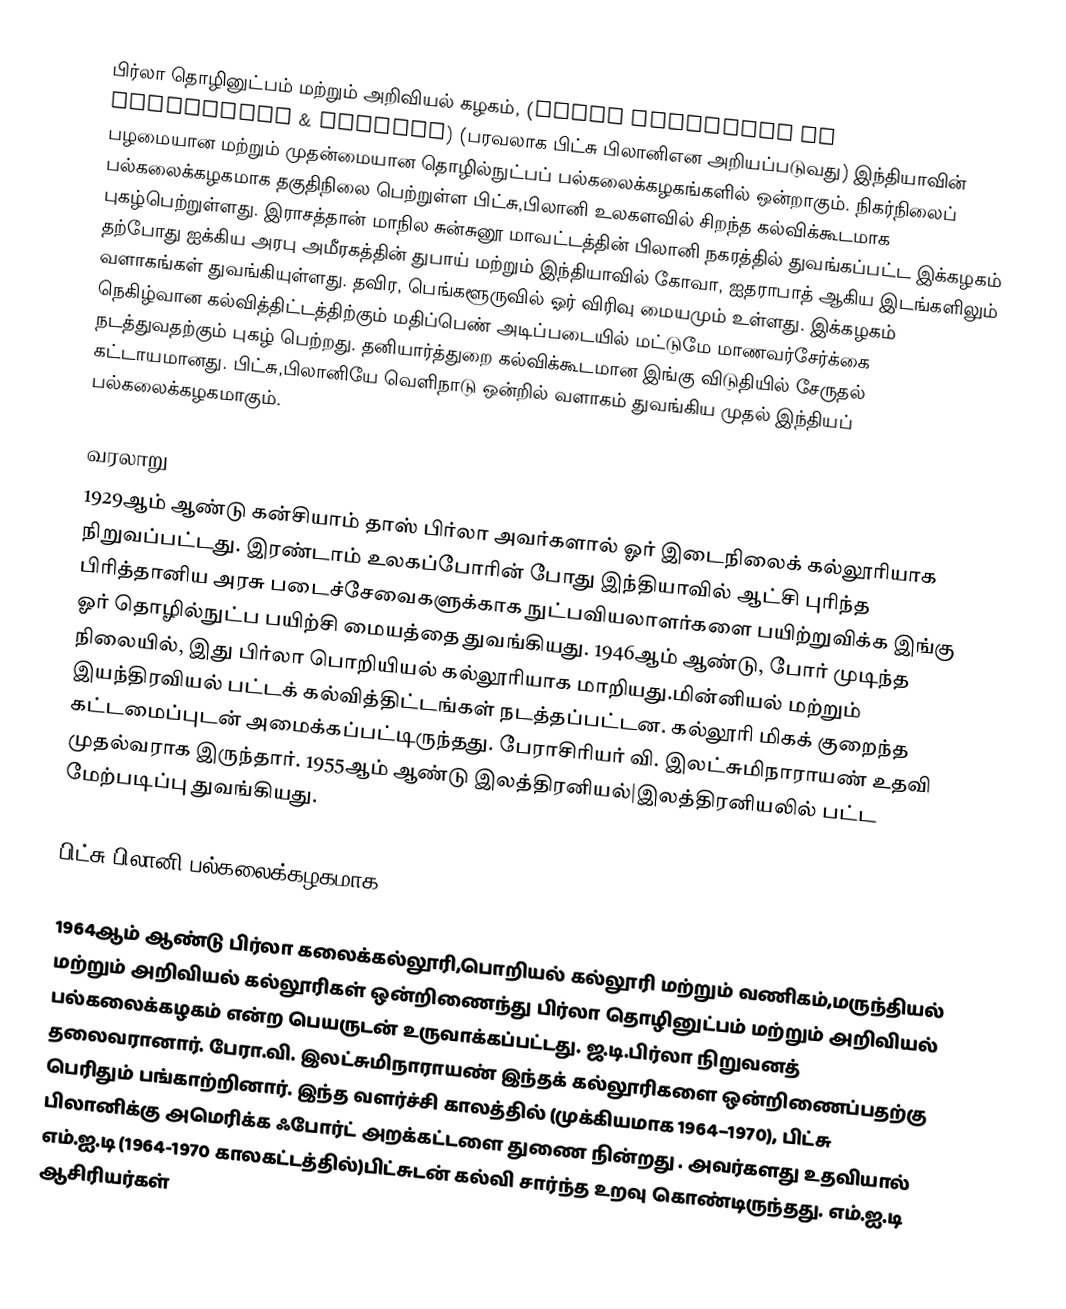
பிர்லா தொழினுட்பம் மற்றும் அறிவியல் கழகம், (Birla Institute of Technology & Science)  (பரவலாக பிட்சு பிலானிஎன அறியப்படுவது) இந்தியாவின் பழமையான மற்றும் முதன்மையான தொழில்நுட்பப் பல்கலைக்கழகங்களில் ஒன்றாகும். நிகர்நிலைப் பல்கலைக்கழகமாக தகுதிநிலை பெற்றுள்ள பிட்சு,பிலானி உலகளவில் சிறந்த கல்விக்கூடமாக புகழ்பெற்றுள்ளது. இராசத்தான் மாநில சுன்சுனூ மாவட்டத்தின்  பிலானி நகரத்தில் துவங்கப்பட்ட இக்கழகம் தற்போது ஐக்கிய அரபு அமீரகத்தின் துபாய் மற்றும் இந்தியாவில் கோவா, ஐதராபாத் ஆகிய இடங்களிலும் வளாகங்கள் துவங்கியுள்ளது. தவிர, பெங்களூருவில் ஓர் விரிவு மையமும் உள்ளது.  இக்கழகம்  நெகிழ்வான கல்வித்திட்டத்திற்கும் மதிப்பெண் அடிப்படையில் மட்டுமே மாணவர்சேர்க்கை நடத்துவதற்கும் புகழ் பெற்றது.  தனியார்த்துறை கல்விக்கூடமான இங்கு விடுதியில் சேருதல் கட்டாயமானது.  பிட்சு,பிலானியே வெளிநாடு ஒன்றில் வளாகம் துவங்கிய முதல் இந்தியப் பல்கலைக்கழகமாகும்.

வரலாறு
1929ஆம் ஆண்டு கன்சியாம் தாஸ் பிர்லா அவர்களால் ஓர் இடைநிலைக் கல்லூரியாக நிறுவப்பட்டது. இரண்டாம் உலகப்போரின் போது இந்தியாவில் ஆட்சி புரிந்த பிரித்தானிய அரசு  படைச்சேவைகளுக்காக நுட்பவியலாளர்களை பயிற்றுவிக்க இங்கு ஓர் தொழில்நுட்ப பயிற்சி மையத்தை துவங்கியது. 1946ஆம் ஆண்டு, போர் முடிந்த நிலையில், இது பிர்லா பொறியியல் கல்லூரியாக மாறியது.மின்னியல் மற்றும் இயந்திரவியல் பட்டக் கல்வித்திட்டங்கள் நடத்தப்பட்டன. கல்லூரி மிகக் குறைந்த கட்டமைப்புடன் அமைக்கப்பட்டிருந்தது. பேராசிரியர் வி. இலட்சுமிநாராயண் உதவி முதல்வராக இருந்தார். 1955ஆம் ஆண்டு இலத்திரனியல்|இலத்திரனியலில் பட்ட மேற்படிப்பு துவங்கியது.

பிட்சு பிலானி பல்கலைக்கழகமாக

1964ஆம் ஆண்டு பிர்லா கலைக்கல்லூரி,பொறியல் கல்லூரி மற்றும் வணிகம்,மருந்தியல் மற்றும் அறிவியல் கல்லூரிகள் ஒன்றிணைந்து பிர்லா தொழினுட்பம் மற்றும் அறிவியல் பல்கலைக்கழகம் என்ற பெயருடன் உருவாக்கப்பட்டது.  ஜ.டி.பிர்லா நிறுவனத் தலைவரானார். பேரா.வி. இலட்சுமிநாராயண் இந்தக் கல்லூரிகளை ஒன்றிணைப்பதற்கு பெரிதும் பங்காற்றினார். இந்த வளர்ச்சி காலத்தில் (முக்கியமாக 1964–1970), பிட்சு பிலானிக்கு அமெரிக்க ஃபோர்ட் அறக்கட்டளை துணை நின்றது . அவர்களது உதவியால் எம்.ஐ.டி  (1964-1970 காலகட்டத்தில்)பிட்சுடன் கல்வி சார்ந்த உறவு கொண்டிருந்தது.  எம்.ஐ.டி ஆசிரியர்கள்